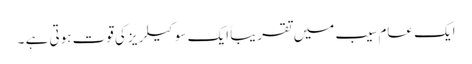
ایک عام سیب میں تقریبا ًایک سو کیلریزکی قوت ہوتی ہے ۔